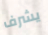
يشرف